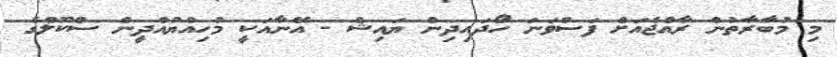
މި މުބާރާތުން ރާއްޖެއަށް ފަސްވަނަ ހޯދައިދިން ޔައިޝް - އޭނާއަކީ މުހިއްޔުއްދީން ސްކޫލްގެ